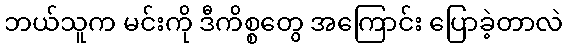
ဘယ်သူက မင်းကို ဒီကိစ္စတွေ အကြောင်း ပြောခဲ့တာလဲ